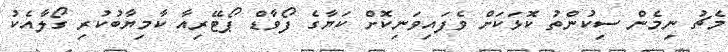
މެޗު ނިމެން ސިކުންތު ކޮޅަކަށް ވެފައިވަނިކޮށް ކަޔާގެ ފޯވާޑް ޕޯޓޭރިއާ ކާމިޔާބުކުރި ގޯލާއެކު